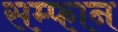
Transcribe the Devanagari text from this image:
सम्फान